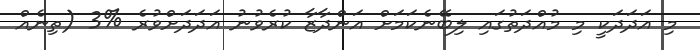
މި އަދަދަކީ މި މުއްދަތުގައި ލިބޭނެކަމަށް އަންދާޒާ ކުރެވުނު އަދަދަށްވުރެ %3 (ތިނެއް